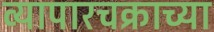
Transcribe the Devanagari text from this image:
व्यापारचक्राच्या